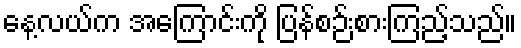
နေ့လယ်က အကြောင်းကို ပြန်စဉ်းစားကြည့်သည်။